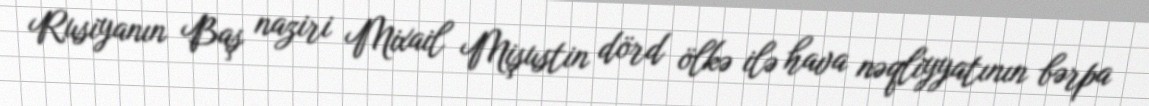
Rusiyanın Baş naziri Mixail Mişustin dörd ölkə ilə hava nəqliyyatının bərpa